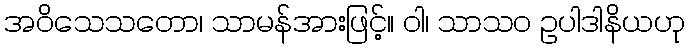
အဝိသေသတော၊ သာမန်အားဖြင့်။ ဝါ၊ သာသဝ ဥပါဒါနိယဟု